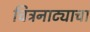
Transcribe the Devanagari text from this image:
चित्रनाट्याचा